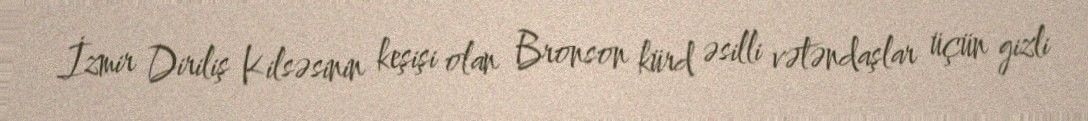
İzmir Diriliş Kilsəsinin keşişi olan Bronson kürd əsilli vətəndaşlar üçün gizli